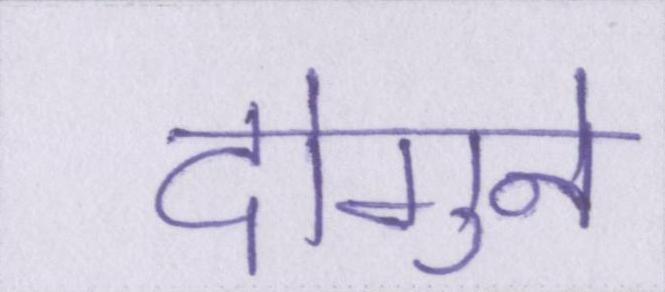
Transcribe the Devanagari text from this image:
दोगुने